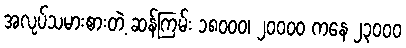
အလုပ်သမားစားတဲ့ ဆန်ကြမ်း ၁၈၀၀၀၊ ၂၀၀၀၀ ကနေ ၂၃၀၀၀